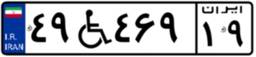
۴۹W۴۶۹۱۹